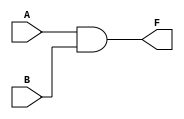
`timescale 1ns / 1ps

module and_gate(        //and gate 
    input A,            //and gat  
    input B,            //ag  
    output F            //ag  
    );
    
    and (F, A, B);      //and gate(, , )==>and gate   ,    1
    
    
endmodule               //ag  

////////////////////////////////////////////////////////////////////////////////////////////////////////////////

module half_adder_structural(       // 
    input A, B,                     //  2 
    output sum, carry               //   2 
    );
    
    xor (sum, A, B);                //xor(, , )==>xor:=1,  =0
    and (carry, A, B);              //and(,  )
    
endmodule

/////////////////////////////////////////////////////////////////////////////////////////////////////////////////////////////

module half_adder_behaviaral(
    input A, B,
    output reg sum, carry           // always     register  
    );
    
                                     //     case   
    always @(A, B) begin            //a,b    ()  
                                     // always     register  ************
        case({A,B})                 //a,b  
            2'b00: begin sum= 0; carry = 0; end    //2==2bit     b= = ,    00==0A , 0B
            2'b01: begin sum =1; carry = 0; end
            2'b10: begin sum= 1; carry = 0; end
            2'b11: begin sum =0; carry = 1; end
            
        endcase
    end
    
                                        //  wire, reg  
 endmodule
 
 ///////////////////////////////////////////////////////////////////////////////////////////////////////////////////
 
 module half_adder_dataflow(
    input A,B,
    output sum, carry
     );
 
    wire [1:0] sum_value;            //1 0 2bit sumvalue 
    
    assign sum_value = A + B;       //assign    wire **********
                                     //wire ,,  register *************
    
    assign sum = sum_value[0];      //0==1
    assign carry = sum_value[1];    //1==10(2)
     
 endmodule
//////////////////////////////////////////////////////////////////////////////////////

module full_adder_structural(
    input A, B, cin,
    output sum, carry
);

    wire sum_0, carry_0, carry_1;
    
    half_adder_structural ha0 (.A(A), .B(B), .sum(sum_0), .carry(carry_0));
       /* A ,  
         (A)  A 
          ===>      wire */
    
    half_adder_structural ha1 (.A(sum_0), .B(cin), .sum(sum), .carry(carry_1));
        //  sum 1,    (sum)  sum
    
    or (carry, carry_0, carry_1);
    
endmodule
////////////////////////////////////////////////////////////////////////////////////
module full_adder_behaviaral(
    input A, B, cin,
    output reg sum, carry
);

 always @(A, B, cin) begin        
        case({A,B,cin})               
            3'b000: begin sum= 0; carry = 0; end    
            3'b001: begin sum =1; carry = 0; end
            3'b010: begin sum= 1; carry = 0; end
            3'b011: begin sum =0; carry = 1; end
            3'b100: begin sum =1; carry = 0; end
            3'b101: begin sum= 0; carry = 1; end
            3'b110: begin sum =0; carry = 1; end
            3'b111: begin sum =1; carry = 1; end
            
        endcase
    end
    
endmodule
/////////////////////////////////////////////////////////////////////////
module full_adder_dataflow(
    input A, B, cin,
    output sum, carry
    );
    
    wire [1:0] sum_value;
    
    assign sum_value = A+ B+ cin;
    assign sum = sum_value[0];
    assign carry =sum_value[1];
    
endmodule
//////////////////////////////////////////////////////////////////
module fadder_4bit_s(
    input [3:0] A,B,
    input cin,
    output [3:0] sum,
    output carry
    );
    
    wire [2:0] carry_w; //  wire 3 
    
    full_adder_structural fa0 (.A(A[0]), .B(B[0]),
        .cin(cin), .sum(sum[0]), .carry(carry_w[0]));
    full_adder_structural fa1 (.A(A[1]), .B(B[1]),
        .cin(carry_w[0]), .sum(sum[1]), .carry(carry_w[1]));
    full_adder_structural fa2 (.A(A[2]), .B(B[2]),
        .cin(carry_w[1]), .sum(sum[2]), .carry(carry_w[2]));
    full_adder_structural fa3 (.A(A[3]), .B(B[3]),
        .cin(carry_w[2]), .sum(sum[3]), .carry(carry));
   
endmodule
///////////////////////////////////////////////////////////////////

module fadder_4bit(
    input [3:0] A, B,
    input cin,
    output [3:0] sum,
    output carry
    );
    
    wire [4:0] temp; //4bit  5 
    
    assign temp =A + B +cin;
    assign sum  = temp[3:0];
    assign carry =temp[4];//OOOOO    = [4][3][2][1][0] = carry sum sum sum sum

endmodule
///////////////////////////////////////////////////////////////////////////////////////////////


module fadd_sub_4bit_s(
    input [3:0] A,B,
    input cin, s, //add : s =0,      sub : s = 1
    output [3:0] sum,
    output carry
    );
    
    wire [2:0] carry_w; //  wire 3 
    
    wire s0;
    xor (s0, B[0], s);   //    ^ = xor,    & = and,   | = or,     ~ = not
    
    
    full_adder_structural fa0 (.A(A[0]), .B(B[0]^s),
        .cin(s), .sum(sum[0]), .carry(carry_w[0]));
    full_adder_structural fa1 (.A(A[1]), .B(B[1]^s),//wire                  
        .cin(carry_w[0]), .sum(sum[1]), .carry(carry_w[1]));
    full_adder_structural fa2 (.A(A[2]), .B(B[2]^s),
        .cin(carry_w[1]), .sum(sum[2]), .carry(carry_w[2]));
    full_adder_structural fa3 (.A(A[3]), .B(B[3]^s),
        .cin(carry_w[2]), .sum(sum[3]), .carry(carry));
   
endmodule
/////////////////////////////////////////////////////////////////////////////////

module fadd_sub_4bit(
    input [3:0] A, B,
    input s,
    output [3:0] sum,
    output carry
    );
    
    wire [4:0] temp; 
    
    assign temp = s ? A - B : A + B;
    assign sum  = temp[3:0];
    assign carry =~temp[4];

endmodule
////////////////////////////////////////////////////////////

module comparator_dataflow(
    input A, B,
    output equal, greater, less
    );
    
    assign equal = (A==B) ? 1'b1 : 1'b0;     //assign equal = A ~^ B;
    assign greater = (A>B) ? 1'b1 : 1'b0;   //assign greater =  A & ~B;
    assign less = (A<B) ? 1'b1 : 1'b0;      //assign less = ~A & B;

endmodule
  /////////////////////////////////////////////////////////////////////////  

module comparator #(parameter N = 8)(

    input [N-1:0] A, B,
    output equal, greater, less
    );
    
    assign equal = (A==B) ? 1'b1 : 1'b0;   
    assign greater = (A>B) ? 1'b1 : 1'b0; 
    assign less = (A<B) ? 1'b1 : 1'b0;     

endmodule

//////////////////////////////////////////////////
module comparator_N_bit_test(
    input [1:0] A, B,
    output equal, greater, less);
    
    comparator #(.N(2)) c_16 (.A(A), .B(B),
        .equal(equal), .greater(greater), .less(less));    
         // comparator_N_bit  16  
        
endmodule
////////////////////////////////////////////////////////////
module comparator_N_bit_b #(parameter N = 8)(

    input [N-1:0] A, B,
    output reg equal, greater, less
    );
    
    always @(A, B) begin
       if( A==B) begin
            equal = 1;
            greater = 0;
            less = 0;
       end 
       
       else if ( A>B) begin       //else      ,
            equal=0;              //  else      else  
            greater =1;
            less=0;
            
       end
       
       else begin    //if   else begin  latch , latch  
            equal=0;
            greater =0;
            less=1;
       end        
    end
endmodule
//////////////////////////////////////////////////////////////////////
module decoder_2_4_s(
    input [1:0] code,
    output [3:0] signal
    );
    
    wire [1:0] code_bar;
    not (code_bar[0], code[0]);
    not (code_bar[1], code[1]);
    
    and(signal[0], code_bar[1], code_bar[0]);
    and(signal[1], code_bar[1], code[0]);
    and(signal[2], code[1], code_bar[0]);
    and(signal[3], code[1], code[0]);
endmodule

////////////////////////////////////////////////////////

module decoder_2_4_b(
    input [1:0] code,
    output reg [3:0] signal
    );
    always @(code)begin     //begin end   --> 
        if          (code==0) signal = 4'b0001;
        else if (code==2'b01) signal = 4'b0010;
        else if (code==2'b10) signal = 4'b0100;
        else                  signal = 4'b1000;
    end
endmodule

   
//    always @(code) begin        //begin end--> case 
//        case(code)
//            2'b00: signal =4'b0001;
//            2'b01: signal =4'b0010;
//            2'b10: signal =4'b0100;
//            2'b11: signal =4'b1000;
//        endcase
//    end
//endmodule

/////////////////////////////////////////////
module decoder_2_4_d(
    input [1:0] code,
    output [3:0] signal
    );
    
    assign signal = (code ==2'b00) ? 4'b0001 : 
        (code==2'b01) ? 4'b0010 :
        (code==2'b10) ? 4'b0100 : 4'b1000;    
    
endmodule
///////////////////////////////////////////////////////

module encoder_4_2(
    input [3:0] signal,
    output [1:0] code
    );
    
    assign code = (signal == 4'b0001) ? 2'b00 :
        (signal == 4'b0010) ? 2'b01 : 
        (signal == 4'b0100) ? 2'b10 : 2'b11;

endmodule        
////////////////////////////////////////////

module decoder_2_4_en(
    input [1:0] code,
    input enable,
    output [3:0] signal
);

    assign signal = (enable==1'b0) ? 4'b0000 : (code==2'b00) ? 4'b0001 :
        (code == 2'b01) ? 4'b0010 : (code == 2'b10) ? 4'b0100 : 4'b1000;
        
endmodule
/////////////////////////////////////////////////////

module decoder_3_8(
    input [2:0] code,
    output [7:0] signal
    );
    
    decoder_2_4_en dec_low (.code(code[1:0]), .enable(~code[2]), .signal(signal[3:0]));
    decoder_2_4_en dec_high (.code(code[1:0]), .enable(code[2]), .signal(signal[7:4]));

endmodule
//////////////////////////////////////
module decoder_2_4_en_b(
    input [1:0] code,
    input enable,
    output reg [3:0] signal
    );
    always @(code,enable)begin     //begin end   --> 
        if (enable==1) begin
              case(code)
                2'b00: signal =4'b0001;
                2'b01: signal =4'b0010;
                2'b10: signal =4'b0100;
                2'b11: signal =4'b1000;
              endcase
        end
        
        else begin 
                signal = 0;
        end 
     end
endmodule
//////////////////////////////////////////////////


 ////////////////////////////////////////////////
module decoder_3_8_b(
    input [2:0] code,
    output [7:0] signal
    );
    decoder_2_4_en_b dec_low (.code(code[1:0]), .enable(~code[2]), .signal(signal[3:0]));
    decoder_2_4_en_b dec_high (.code(code[1:0]), .enable(code[2]), .signal(signal[7:4]));
endmodule

 /////////////////////////////////////
 
 module decoder_7seg(
    input[3:0] hex_value,
    output reg [7:0] seg_7);
    
    always @ (hex_value)begin
        case(hex_value)
                              //abcd_efgp
//            4'b0000: seg_7 = 8'b0000_0011;  //0
//            4'b0001: seg_7 = 8'b1001_1111;  //1
//            4'b0010: seg_7 = 8'b0010_0101;  //2
//            4'b0011: seg_7 = 8'b0000_1101;  //3
//            4'b0100: seg_7 = 8'b1001_1001;  //4
//            4'b0101: seg_7 = 8'b0100_1001;  //5
//            4'b0110: seg_7 = 8'b0100_0001;  //6
//            4'b0111: seg_7 = 8'b0001_1011;  //7
//            4'b1000: seg_7 = 8'b0000_0001;  //8
//            4'b1001: seg_7 = 8'b0001_1001;  //9
//            4'b1010: seg_7 = 8'b0001_0001;  //A
//            4'b1011: seg_7 = 8'b1100_0001;  //b
//            4'b1100: seg_7 = 8'b0110_0011;  //C
//            4'b1101: seg_7 = 8'b1000_0101;  //d
//            4'b1110: seg_7 = 8'b0110_0001;  //E
//            4'b1111: seg_7 = 8'b0111_0001;  //F
 4'b0000: seg_7 = 8'b1111_1100;  //0
 4'b0001: seg_7 = 8'b0110_0000;  //1
 4'b0010: seg_7 = 8'b1101_1010;  //2
 4'b0011: seg_7 = 8'b1111_0010;  //3
 4'b0100: seg_7 = 8'b0110_0110;  //4
 4'b0101: seg_7 = 8'b1011_0110;  //5
 4'b0110: seg_7 = 8'b1011_1110;  //6
 4'b0111: seg_7 = 8'b1110_0100;  //7
 4'b1000: seg_7 = 8'b1111_1110;  //8
 4'b1001: seg_7 = 8'b1110_0110;  //9
 4'b1010: seg_7 = 8'b1110_1110;  //A
 4'b1011: seg_7 = 8'b0011_1110;  //b
 4'b1100: seg_7 = 8'b1001_1100;  //C
 4'b1101: seg_7 = 8'b0111_1010;  //d
 4'b1110: seg_7 = 8'b1001_1110;  //E
 4'b1111: seg_7 = 8'b1000_1110;  //F
        endcase
    end
    endmodule
        
///////////////////////////////////////
module mux_2_1(
    input  d0,d1,
    input s,
    output f
    );
    
    assign f= s ? d1 : d0;
//    wire sbar, w0,w1;
//    not(sbar,s);
//    and (w0, sbar, d[0]);//w0
//    and (w1,s,d[1]);//w1
//    or (f, w0,w1);//f

endmodule
//////////////////////////////////////
module mux_4_1(
    input[3:0] d,
    input [1:0] s,
    output f);
    
    assign f= d[s];//d[00] d[01] d[10] d[11]
endmodule
/////////////////////////////////////////
module mux_8_1(
    input[7:0] d,
    input [2:0] s,
    output f);
    
    assign f= d[s];
endmodule
///////////////////////////////////
module demux_1_4(
    input d,
    input [1:0] s,
    output [3:0] f);
    
    assign f= (s==2'b00) ? {3'b000, d} :        //000d
              (s==2'b01) ? {2'b00, d, 1'b0} :   //00d0
              (s==2'b10) ? {1'b0, d,2'b00} :    //0d00
                           {d,3'b000};          //d000
 endmodule
 //////////////////////////////////////
 
 module mux_demux(
    input [7:0] d,
    input [2:0] s_mux,
    input [1:0] s_demux,
    input [3:0] f
    );
    wire w;
    mux_8_1 mux(.d(d), .s(s_mux), .f(w));
    demux_1_4 demux(.d(w), .s(s_demux), .f(f));
    
    endmodule
//////////////////////////////////////////
module bin_to_dec(
        input [11:0] bin,
        output reg [15:0] bcd
    );
    reg [3:0] i;
    always @(bin) begin
        bcd = 0;
        for (i=0;i<12;i=i+1)begin
            bcd = {bcd[14:0], bin[11-i]};
            if(i < 11 && bcd[3:0] > 4) bcd[3:0] = bcd[3:0] + 3;
            if(i < 11 && bcd[7:4] > 4) bcd[7:4] = bcd[7:4] + 3;
            if(i < 11 && bcd[11:8] > 4) bcd[11:8] = bcd[11:8] + 3;
            if(i < 11 && bcd[15:12] > 4) bcd[15:12] = bcd[15:12] + 3;
        end
    end
endmodule